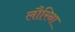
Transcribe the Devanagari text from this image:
लौरिना